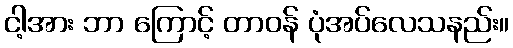
ငါ့အား ဘာ ကြောင့် တာဝန် ပုံအပ်လေသနည်း။